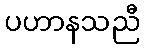
ပဟာနသညီ